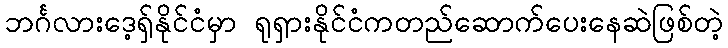
ဘင်္ဂလားဒေ့ရှ်နိုင်ငံမှာ ရုရှားနိုင်ငံကတည်ဆောက်ပေးနေဆဲဖြစ်တဲ့